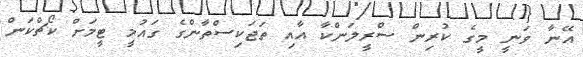
އޭނާ ވަނީ މީގެ ކުރިން ސްރީލަންކާ އާއި ތަޖަކިސްތާންގެ ގައުމީ ޓީމަށް ކޯޗްކަން